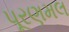
પૂરણમલ